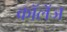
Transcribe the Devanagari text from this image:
कॉलॅज